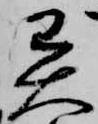
異